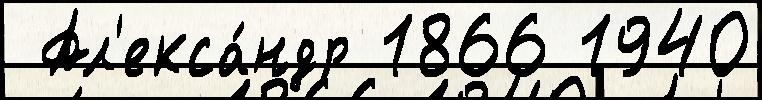
 Ал'екса́ндр 1866 1940